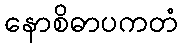
နောစိဓာပကတံ